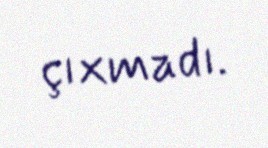
çıxmadı.